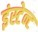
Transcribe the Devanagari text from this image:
इंस्टेन्ट